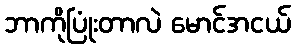
ဘာကိုပြုံးတာလဲ မောင်အငယ်